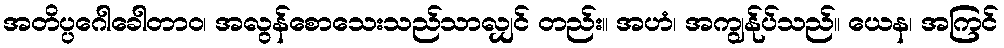
အတိပ္ပဂေါခေါတာဝ၊ အလွန်စောသေးသည်သာလျှင် တည်း။ အဟံ၊ အကျွန်ုပ်သည်။ ယေန၊ အကြင်